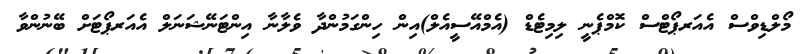
މޯލްޑިވްސް އެއަރޕޯޓްސް ކޮމްޕެނީ ލިމިޓެޑް (އެމްއޭސީއެލް)އިން ހިންގަމުންދާ ވެލާނާ އިންޓަނޭޝަނަލް އެއަރޕޯޓަށް ބޭނުންވާ